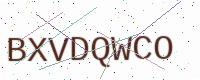
Text: BXVDQWCO